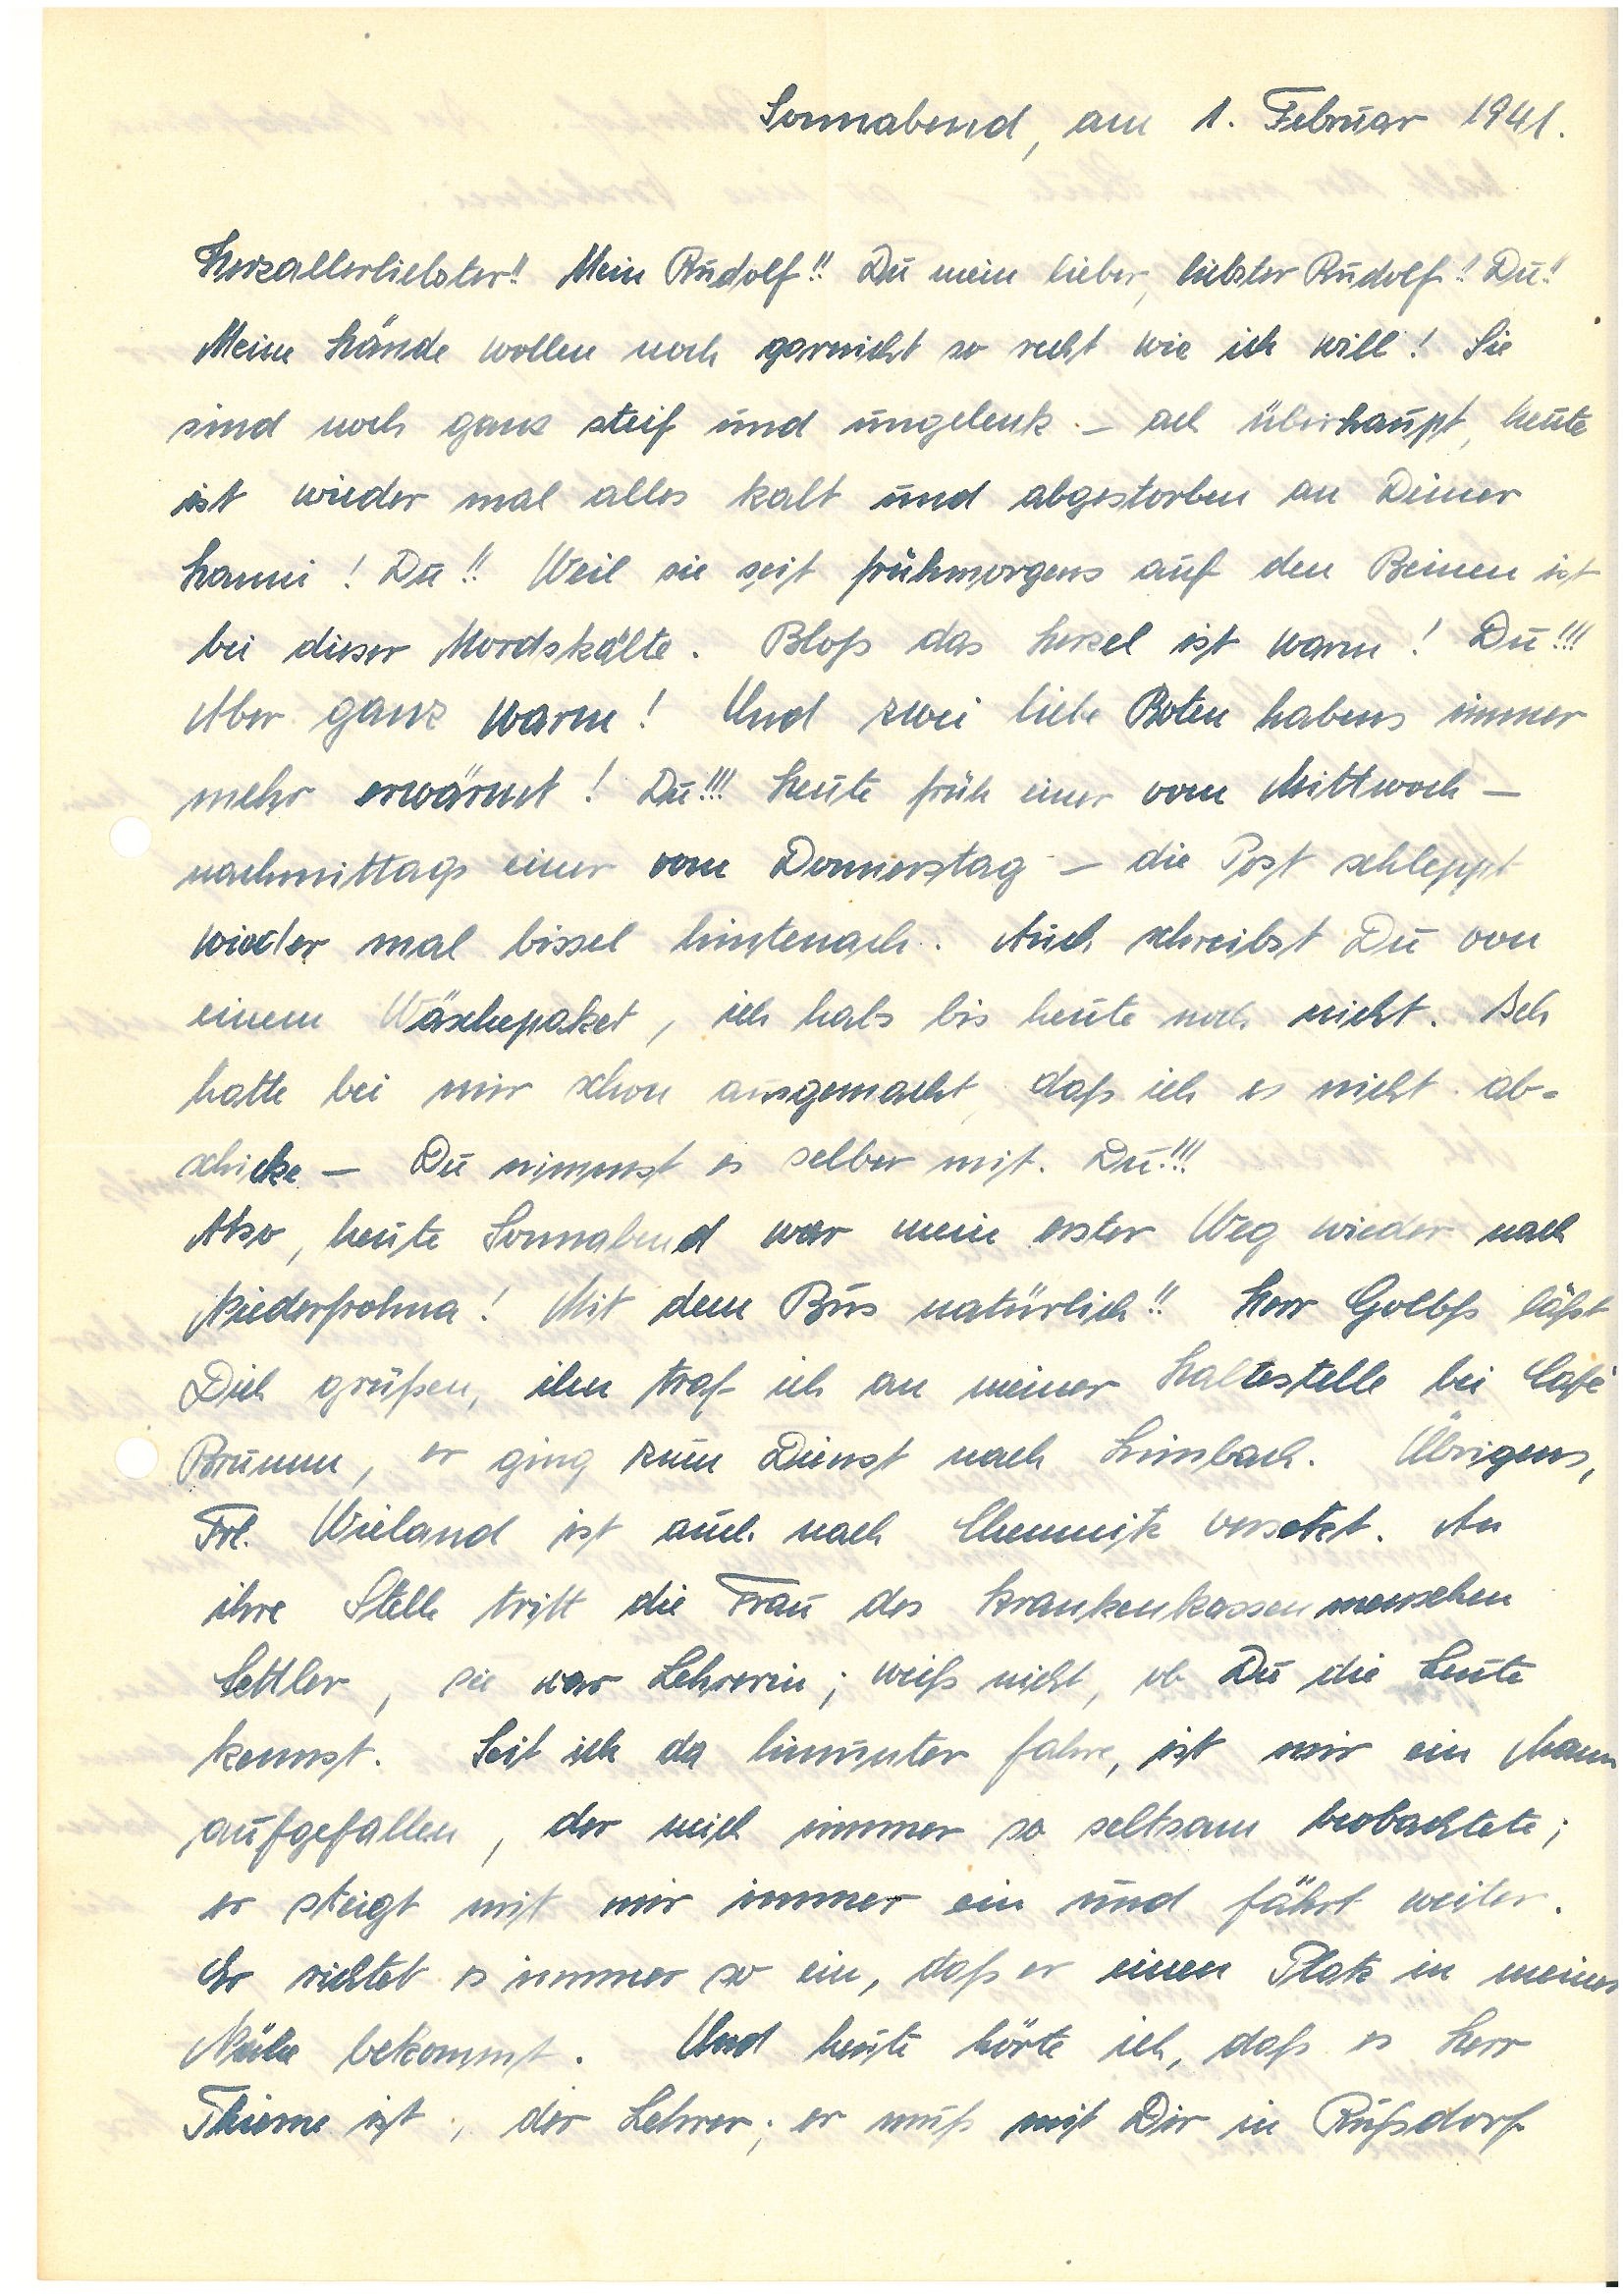
Sonnabend, am 1. Februar 1941.
Herzallerliebster!! Mein !! Du mein lieber, liebster !! Du!!
Meine Hände wollen noch garnicht so recht wie ich will! Sie
sind noch ganz steif und ungelenk – ach überhaupt, heute
ist wieder mal alles kalt und abgestorben an Deiner
!Du!! Weil sie seit frühmorgens auf den Beinen ist
bei dieser Mordskälte. Bloß das Herzel ist warm! Du!!!
Aber ganz warm! Und zwei liebe Boten habens immer
mehr erwärmt! Du!!! Heute früh einer vom Mittwoch –
nachmittags einer vom Donnerstag – die Post schleppt
wieder mal bissel hintenach. Auch schreibst Du von
einem Wäschepaket, ich habs bis heute noch nicht. Ich
hatte bei mir schon ausgemacht, daß ich es nicht ab¬
schicke – Du nimmst es selber mit. Du!!!
Also, heute Sonnabend war mein erster Weg wieder nach
N.! Mit dem Bus natürlich!! Herr G. läßt
Dich grüßen, ihn traf ich an meiner Haltestelle bei Café
B., er ging zum Dienst nach H. Übrigens,
Frl. W. ist auch nach Chemnitz versetzt. An
ihre Stelle tritt die Frau des Krankenkassenmenschen
S., sie war Lehrerin; weiß nicht, ob Du die Leute
kennst. Seit ich da hinunter fahre, ist mir ein Mann
aufgefallen, der mich immer so seltsam beobachtete;
er steigt mit mir immer ein und fährt weiter.
Er richtet es immer so ein, daß er einen Platz in meiner
Nähe bekommt. Und heute hörte ich, daß es Herr
T. ist, der Lehrer; er muß mit Dir in R.